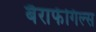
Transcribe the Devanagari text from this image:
बैराफेंगिल्स